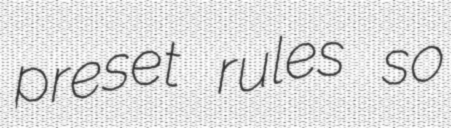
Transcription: preset rules so